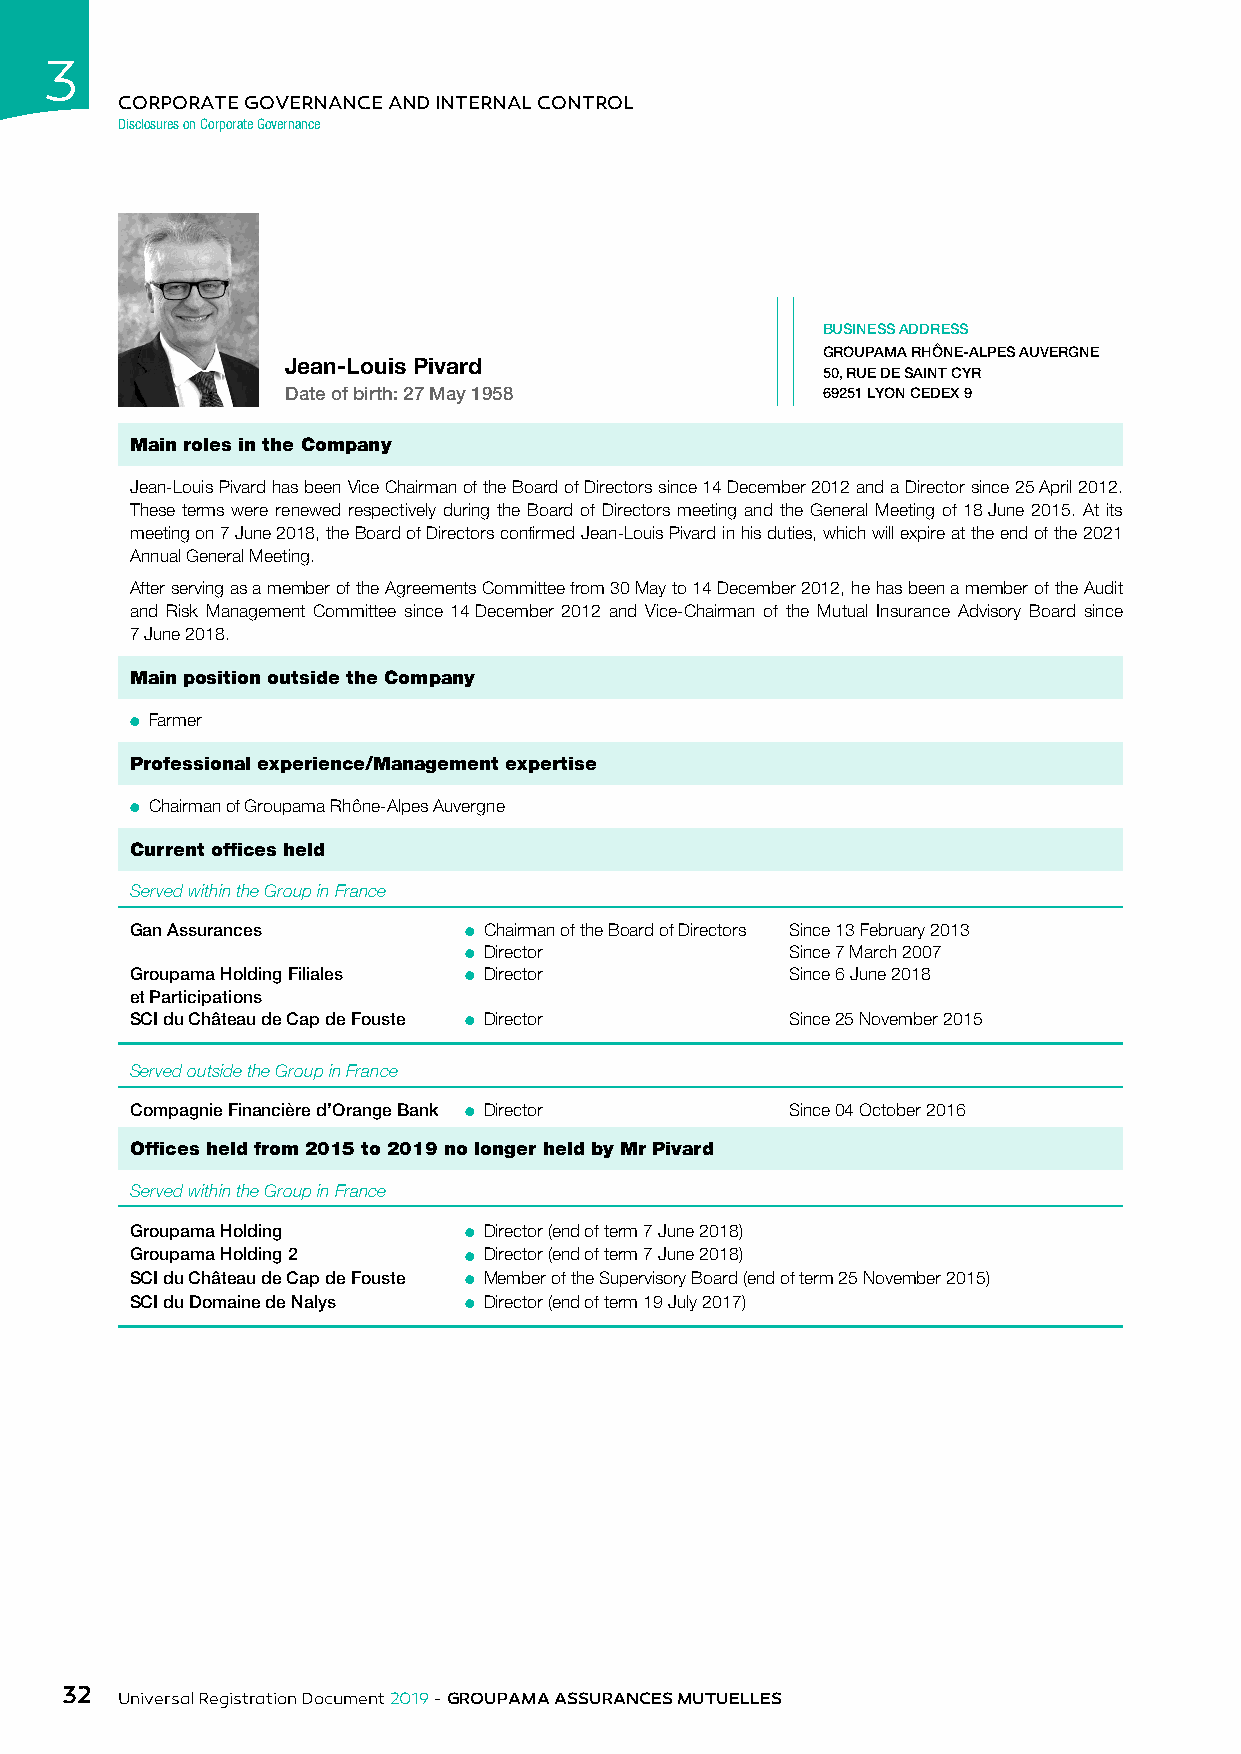
3
 CORPORATE GOVERNANCE AND INTERNAL CONTROL
 Disclosures on Corporate Governance
 BUSINESS ADDRESS
 GROUPAMA RHÔNE-ALPES AUVERGNE
 Jean-Louis Pivard
 50, RUE DE SAINT CYR
 Date of birth: 27 May 1958         69251 LYON CEDEX 9
 Main roles in the Company
 Jean-Louis Pivard has been Vice Chairman of the Board of Directors since 14 December 2012 and a Director since 25 April 2012.
 These terms were renewed respectively during the Board of Directors meeting and the General Meeting of 18 June 2015. At its
 meeting on 7 June 2018, the Board of Directors confirmed Jean-Louis Pivard in his duties, which will expire at the end of the 2021
 Annual General Meeting.
 After serving as a member of the Agreements Committee from 30 May to 14 December 2012, he has been a member of the Audit
 and Risk Management Committee since 14 December 2012 and Vice-Chairman of the Mutual Insurance Advisory Board since
 7 June 2018.
 Main position outside the Company
 ● Farmer
 Professional experience/Management expertise
 ● Chairman of Groupama Rhône-Alpes Auvergne
 Current offices held
 Served within the Group in France
 Gan Assurances        ● Chairman of the Board of Directors Since 13 February 2013
 ● Director           Since 7 March 2007
 Groupama Holding Filiales ● Director       Since 6 June 2018
 et Participations
 SCI du Château de Cap de Fouste ● Director Since 25 November 2015
 Served outside the Group in France
 Compagnie Financière d’Orange Bank ● Director Since 04 October 2016
 Offices held from 2015 to 2019 no longer held by Mr Pivard
 Served within the Group in France
 Groupama Holding      ● Director (end of term 7 June 2018)
 Groupama Holding 2    ● Director (end of term 7 June 2018)
 SCI du Château de Cap de Fouste ● Member of the Supervisory Board (end of term 25 November 2015)
 SCI du Domaine de Nalys ● Director (end of term 19 July 2017)
 32
 Universal Registration Document 2019 - GROUPAMA ASSURANCES MUTUELLES